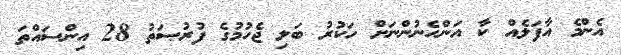
އެންމެ އާފަލެއް ކާ އަންހެނުންނަށް ހަކުރު ބަލި ޖެހުމުގެ ފުރުޞަތު 28 އިންސައްތަ